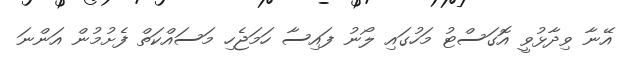
އޭނާ ވިދާޅުވީ އޮގަސްޓު މަހުގައި ލޯނު ފައިސާ ހަމަޖެހި މަސައްކަތް ފެށުމުން އަންނަ